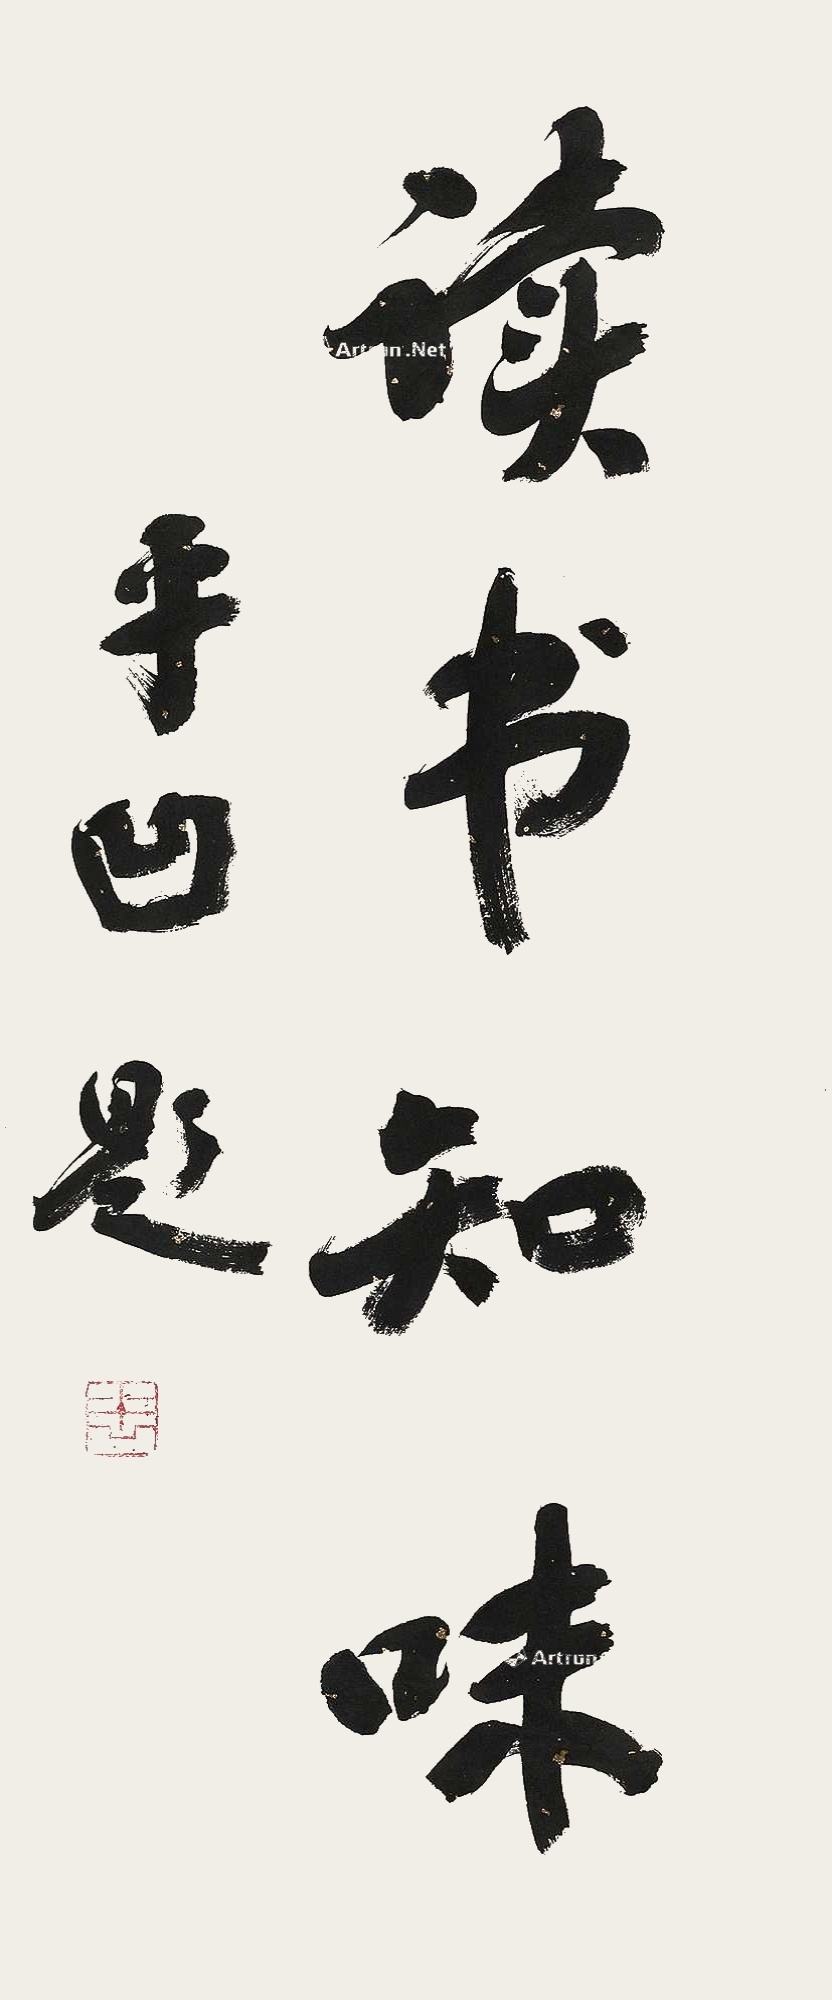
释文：读书知味。平凹题。